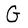
Character: G